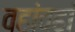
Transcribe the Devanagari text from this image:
वहांवहां